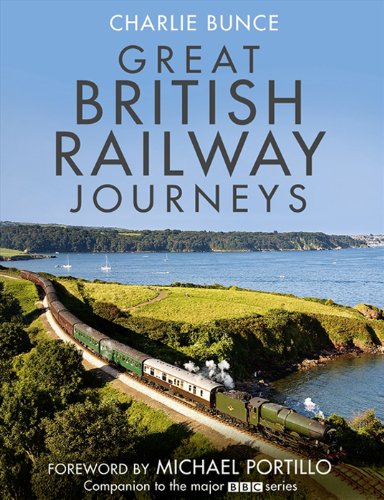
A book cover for Great British Railway Journeys; Charlie Bunce; Travel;